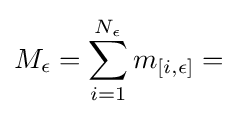
M_{\epsilon }=\sum _{i=1}^{N_{\epsilon }}m_{[i,\epsilon ]}=